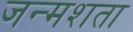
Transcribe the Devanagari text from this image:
जन्मशता